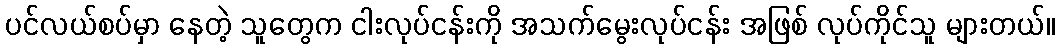
ပင်လယ်စပ်မှာ နေတဲ့ သူတွေက ငါးလုပ်ငန်းကို အသက်မွေးလုပ်ငန်း အဖြစ် လုပ်ကိုင်သူ များတယ်။